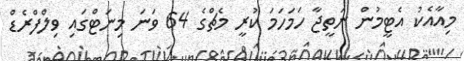
މިއާއެކު އެޓީމުން ނަތީޖާ ހަމަހަމަ ކުރީ މެޗްގެ 64 ވަނަ މިނަޓްގައި ވިލްފްރެޑް